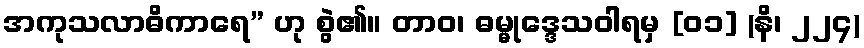
အကုသလာဓိကာရေ” ဟု စွဲ၏။ တာဝ၊ ဓမ္မုဒ္ဒေသဝါရမှ [၀၁] (နိ၊ ၂၂၄)